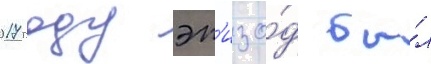
2017 году эп'изо́д бы́л